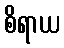
စိရာယ